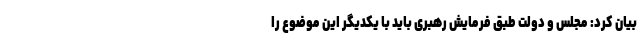
بیان کرد: مجلس و دولت طبق فرمایش رهبری باید با یکدیگر این موضوع را